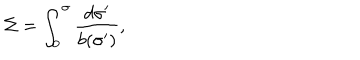
LaTeX: \Sigma = \int _ { 0 } ^ { \sigma } \frac { d \sigma ^ { \prime } } { b ( \sigma ^ { \prime } ) } ,